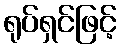
ရုပ်ရှင်ဖြင့်